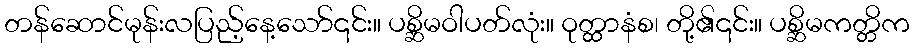
တန်ဆောင်မုန်းလပြည့်နေ့သော်၎င်း။ ပစ္ဆိမဝါပတ်လုံး။ ဝုတ္ထာနံစ၊ တို့၏၎င်း။ ပစ္ဆိမကတ္တိက